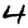
Digit: 4